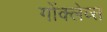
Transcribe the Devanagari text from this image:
गोंक्लेव्स